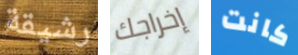
رشيقة إخراجك كانت